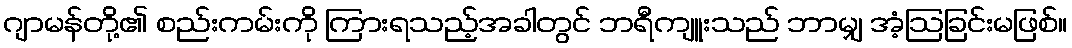
ဂျာမန်တို့၏ စည်းကမ်းကို ကြားရသည့်အခါတွင် ဘရီကျူးသည် ဘာမျှ အံ့ဩခြင်းမဖြစ်။